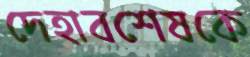
দেহাবশেষকে